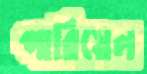
পারিয়েল